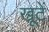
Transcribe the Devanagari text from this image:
खूटें